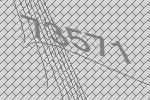
73571